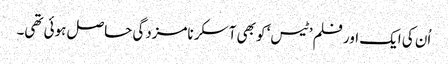
اُن کی ایک اور فلم ’ٹیس‘ کو بھی آسکر نامزدگی حاصل ہوئی تھی۔